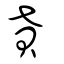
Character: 貣